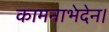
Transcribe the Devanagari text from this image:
कामनाभेदेन।